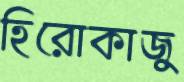
হিরোকাজু